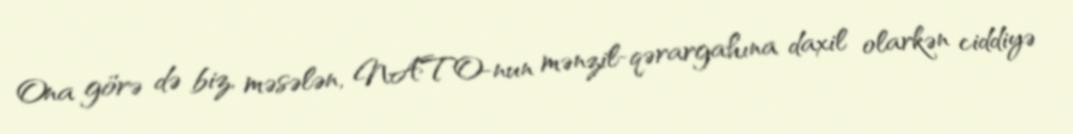
Ona görə də biz, məsələn, NATO-nun mənzil-qərargahına daxil olarkən ciddiyə